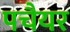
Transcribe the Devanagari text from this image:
पचैयर